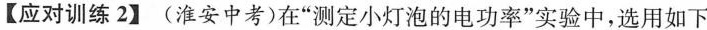
【应对训练2】(淮安中考)在”测定小灯泡的电功率”实验中，选用如下